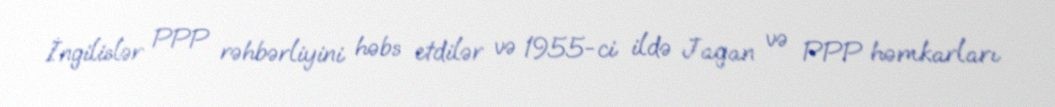
İngilislər PPP rəhbərliyini həbs etdilər və 1955-ci ildə Jagan və PPP həmkarları